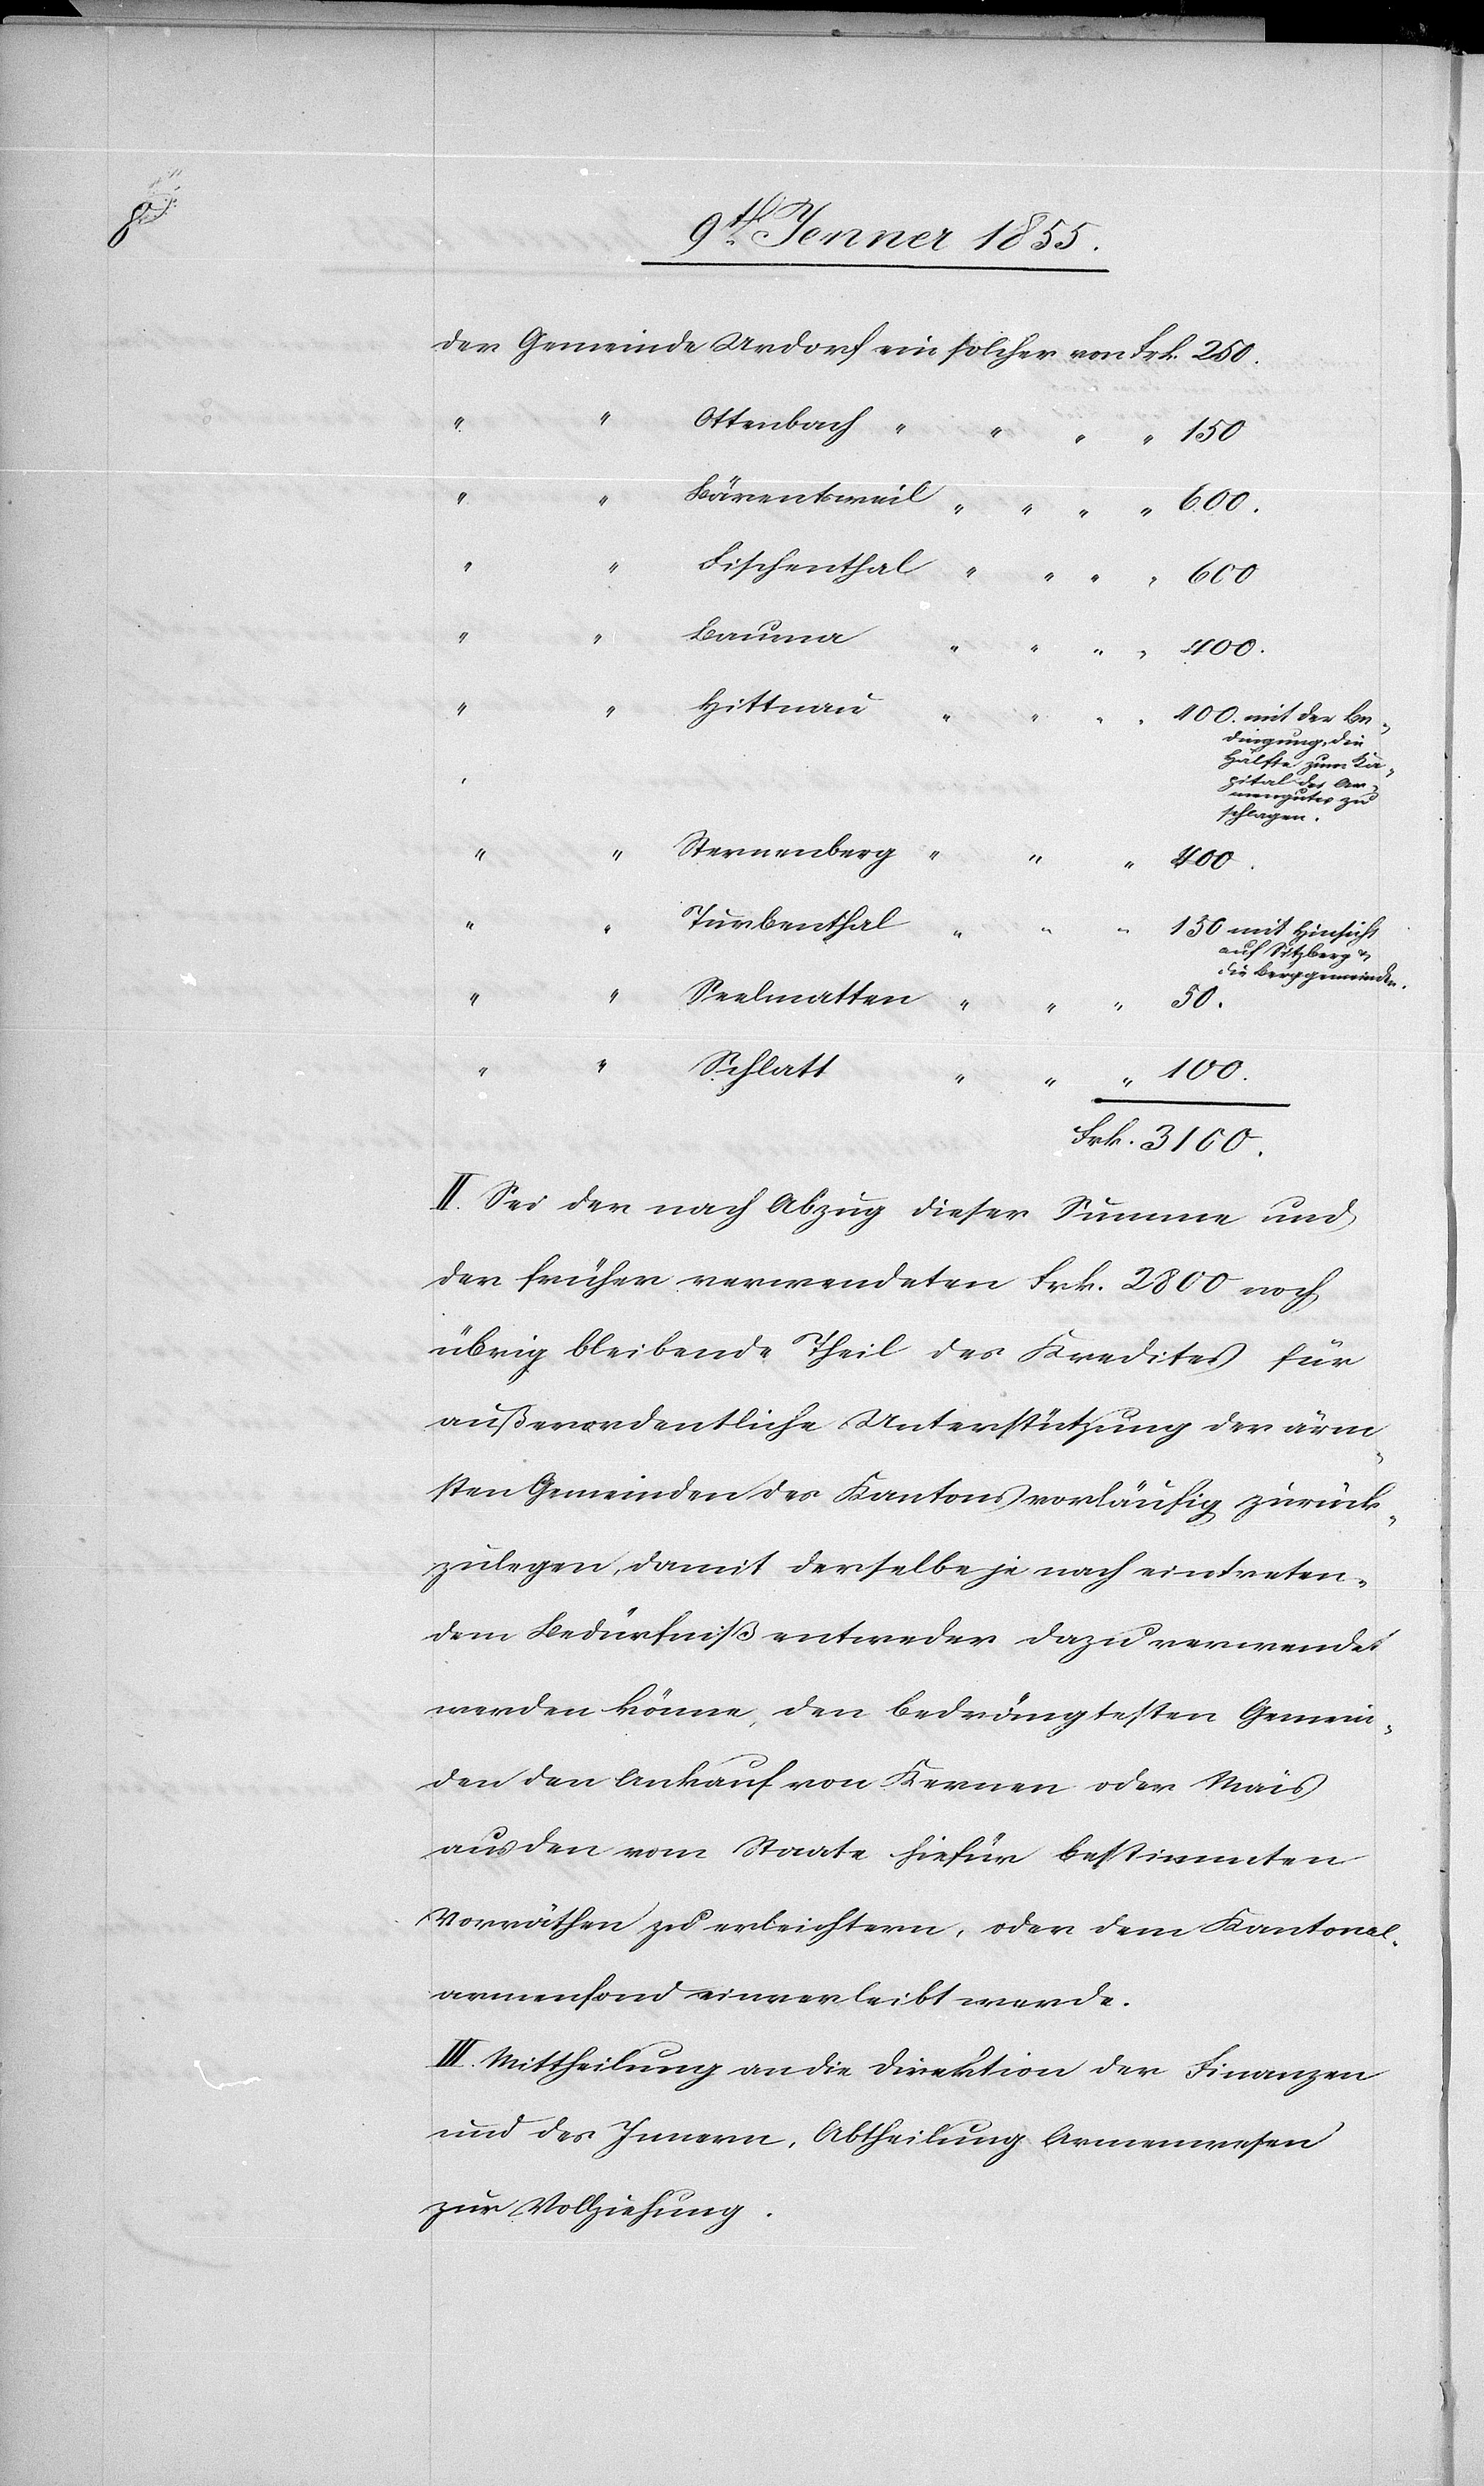
hal

“ “ “
dingung, die
Hälfte zum Kapi¬
tal des
Armengutes zu
schlagen.
mit
100.
Turbenthal
“ “
auf Sitzberg &
die Berggemeinden.
50.
“
Seelmatten
Schlatt
Be¬
250.
Frk. 3100.
II. Sei der nach Abzug dieser Summe und
der früher verwendeten Frk. 2800 noch
übrig bleibende Theil des Kredites für
außerordentliche Unterstützung der ärm¬
sten Gemeinden des Kantons vorläufig zurück¬
zulegen, damit derselbe je nach eintreten¬
dem Bedürfniß entweder dazu verwendet
werden könne, den bedrängtesten Gemein¬
den den Ankauf von Kernen oder Mais
aus den vom Staate hiefür bestimmten
Vorräthen zu erleichtern, oder dem Kantonal¬
armenfond einverleibt werde.
III. Mittheilung an die Direktion[en] der Finanzen
und des Innern, Abtheilung Armenwesen
zur Vollziehung.